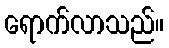
ရောက်လာသည်။